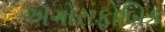
ઍગોરાફોબિક